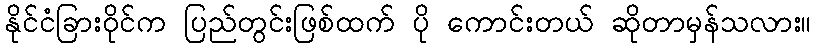
နိုင်ငံခြားဝိုင်က ပြည်တွင်းဖြစ်ထက် ပို ကောင်းတယ် ဆိုတာမှန်သလား။